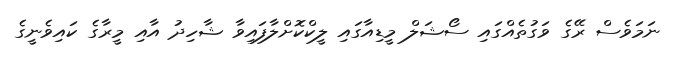
ނަމަވެސް ރޭގެ ވަގުތެއްގައި ސޯޝަލް މީޑިއާގައި ލީކްކޮށްލާފައިވާ ޝާހިދު އާއި މީރާގެ ކައިވެނީގެ